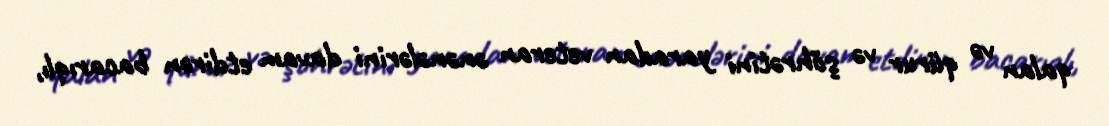
qalan və qürur və şöhrətini yaradan veteran ənənələrini davam etdirən bacarıqlı,